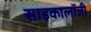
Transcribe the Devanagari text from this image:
साइकालॉजी